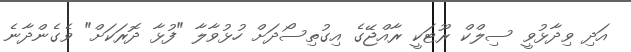
އަދި ވިދާޅުވީ ސިލްކް ރޫޓަކީ ރާއްޖޭގެ އިގުތިސޯދަށް ހުޅުވާލާ "ފުޅާ ދޮރަކަށް" ވެގެންދާނެ